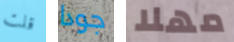
قلت جودا مهلا